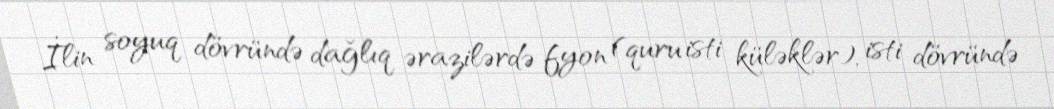
İlin soyuq dövründə dağlıq ərazilərdə fyon (quru isti küləklər), isti dövründə